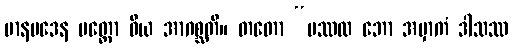
မာနမဒေန မတ္တော ဝိယ အာဂစ္ဆတိ။ တတော “ပဿထ ဘော အမှာကံ ဒါသဿ